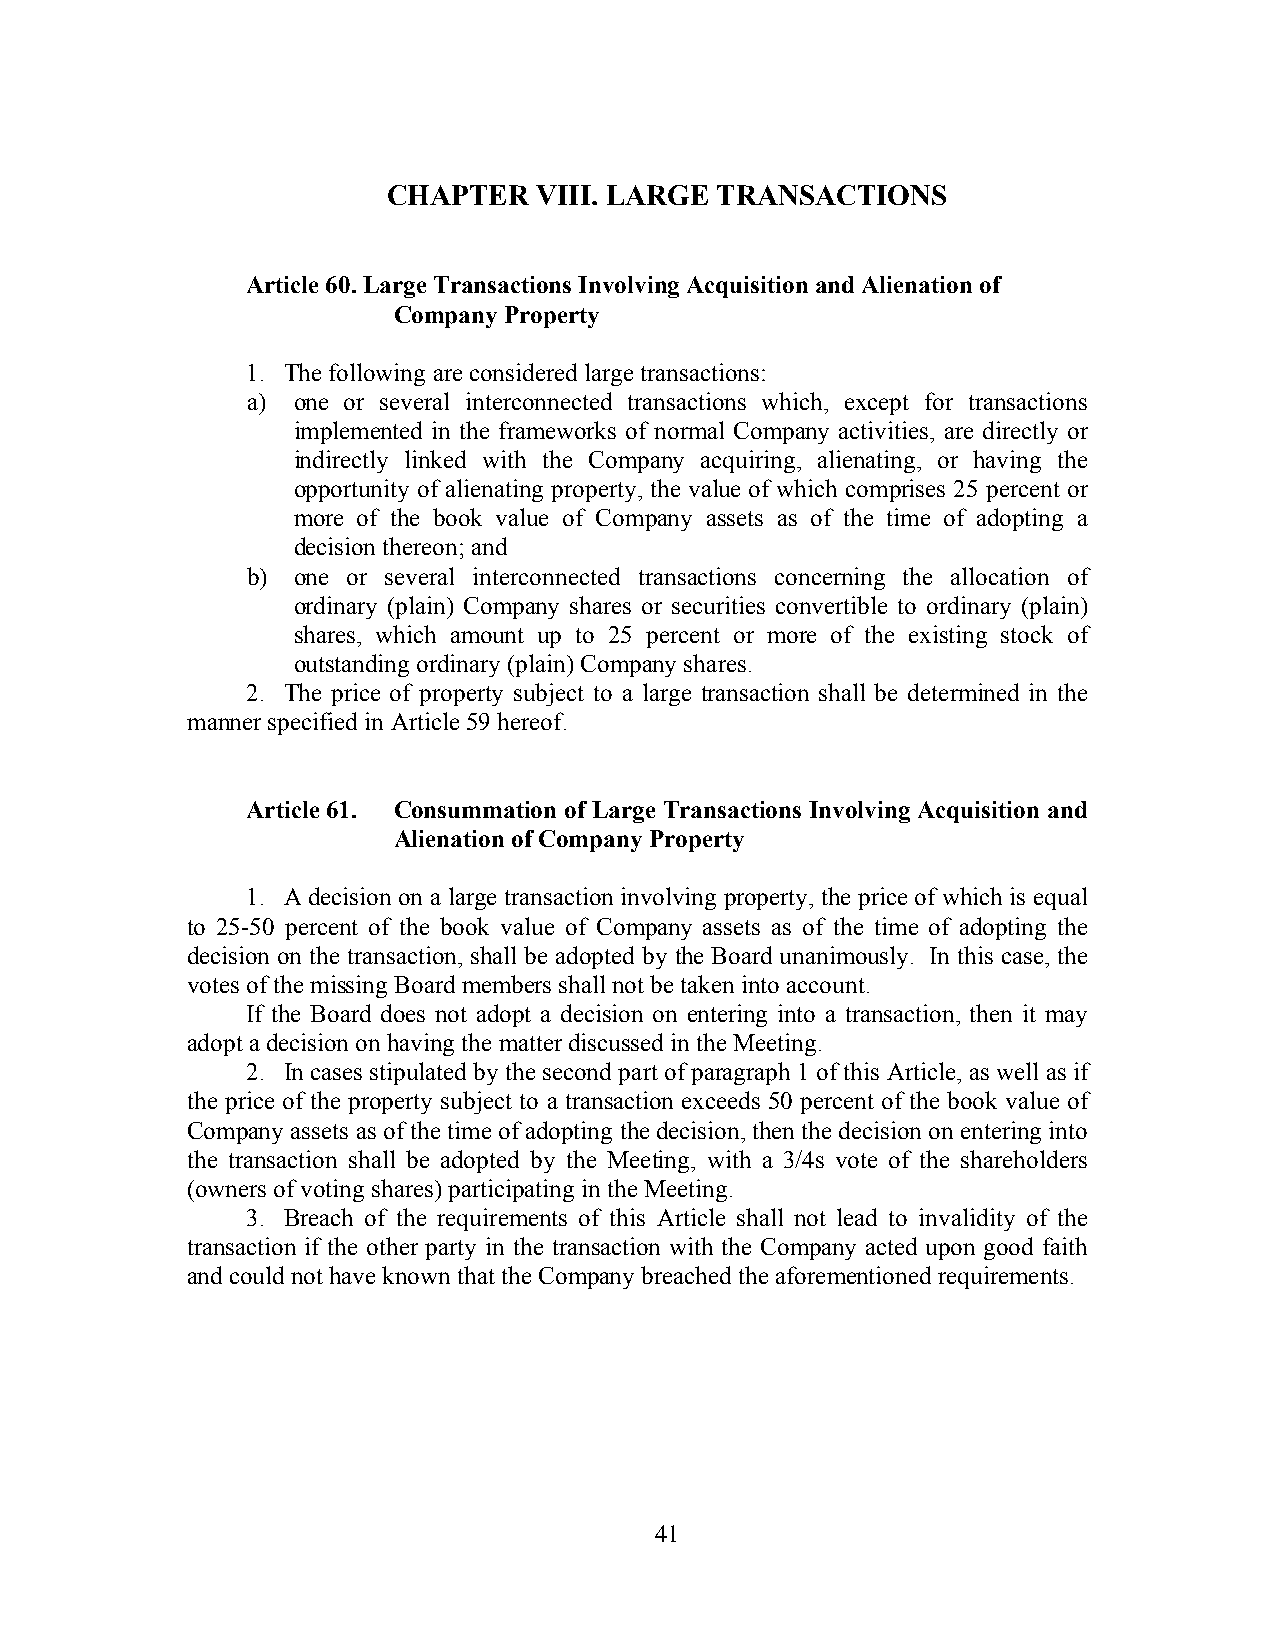
CHAPTER  VIII. LARGE TRANSACTIONS
 Article 60. Large Transactions Involving Acquisition and Alienation of
 Company Property
 1. The following are considered large transactions:
 a) one or several interconnected transactions which, except for transactions
 implemented in the frameworks of normal Company activities, are directly or
 indirectly linked with the Company acquiring, alienating, or having the
 opportunity of alienating property, the value of which comprises 25 percent or
 more of the book value of Company assets as of the time of adopting a
 decision thereon; and
 b) one or several interconnected transactions concerning the allocation of
 ordinary (plain) Company shares or securities convertible to ordinary (plain)
 shares, which amount up to 25 percent or more of the existing stock of
 outstanding ordinary (plain) Company shares.
 2. The price of property subject to a large transaction shall be determined in the
 manner specified in Article 59 hereof.
 Article 61. Consummation of Large Transactions Involving Acquisition and
 Alienation of Company Property
 1. A decision on a large transaction involving property, the price of which is equal
 to 25-50 percent of the book value of Company assets as of the time of adopting the
 decision on the transaction, shall be adopted by the Board unanimously. In this case, the
 votes of the missing Board members shall not be taken into account.
 If the Board does not adopt a decision on entering into a transaction, then it may
 adopt a decision on having the matter discussed in the Meeting.
 2. In cases stipulated by the second part of paragraph 1 of this Article, as well as if
 the price of the property subject to a transaction exceeds 50 percent of the book value of
 Company assets as of the time of adopting the decision, then the decision on entering into
 the transaction shall be adopted by the Meeting, with a 3/4s vote of the shareholders
 (owners of voting shares) participating in the Meeting.
 3. Breach of the requirements of this Article shall not lead to invalidity of the
 transaction if the other party in the transaction with the Company acted upon good faith
 and could not have known that the Company breached the aforementioned requirements.
 41